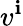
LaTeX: v^{\mathbf{i}}